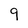
Character: 9